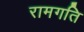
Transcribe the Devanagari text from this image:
रामगति